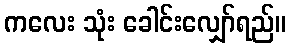
ကလေး သုံး ခေါင်းလျှော်ရည်။